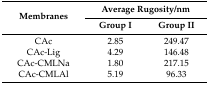
| <ROWSPAN=2> Membranes | <COLSPAN=2> Average Rugosity/nm |
 | Group I | Group II |
 | --- | --- | --- |
 | CAc | 2.85 | 249.47 |
 | CAc-Lig | 4.29 | 146.48 |
 | CAc-CMLNa | 1.80 | 217.15 |
 | CAc-CMLAl | 5.19 | 96.33 |